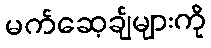
မက်ဆေ့ချ်များကို